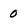
Character: 0